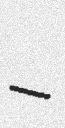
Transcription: –